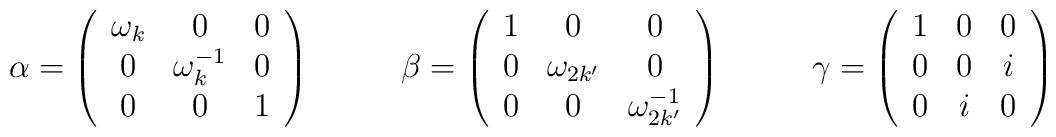
\alpha = \left(  \begin{array}{ccc}                        \omega_{k} & 0 & 0  \\                         0 & \omega_{k}^{-1} & 0\\                         0  &  0 & 1                \end{array}        \right)~~~~~~~~\beta = \left(  \begin{array}{ccc}                        1  & 0  & 0  \\                        0 & \omega_{2k'} & 0  \\                        0 &  0 & \omega_{2k'}^{-1}                  \end{array}        \right)~~~~~~~~\gamma =\left(  \begin{array}{ccc}                 1  &  0  &  0  \\                0  &  0  &  i \\                0  &  i &   0                 \end{array}        \right)